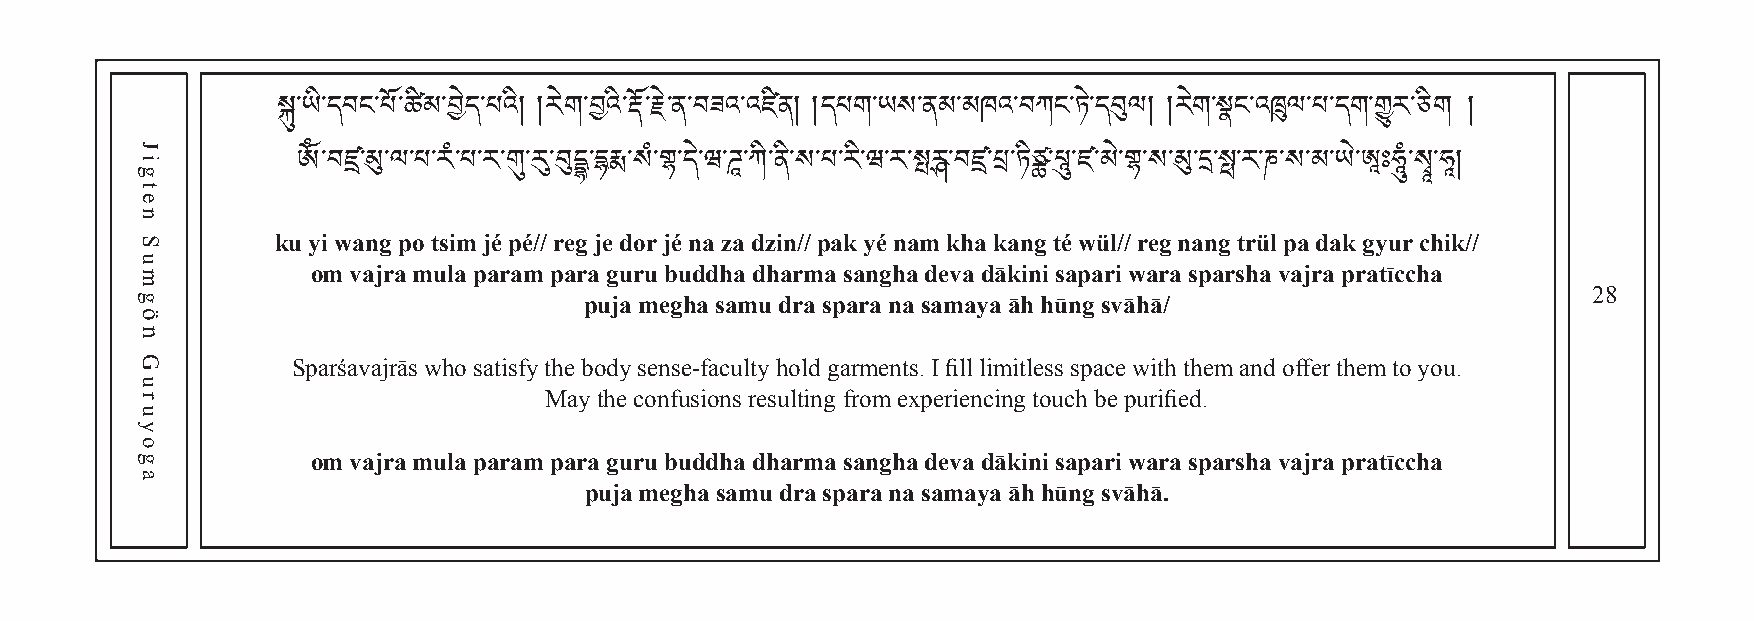
སྐུ་ཡི་དབང་པོ་ཚིམ་བེད་པའི། །རེག་བའི་རོ་རེ་ན་བཟའ་འ ཛ ིན ། །དཔག་ཡས་ནམ་མཁའ་བཀང་ཏེ་དབུལ། །རེག་སྣང་འཁྲུལ་པ་དག་གྱུར་ཅིག །
 ༀ་བཛྲ་མུ་ལ་པ་རཾ་པ་ར་གུ་རུ་བུདྡྷ་དརྨ་སཾ་གྷ་དེ་ཝ་ཌཱ་ཀི་ནི་ས་པ་རི་ཝ་ར་སརྴ་བཛྲ་པྲ་ཏིཙྪ་པཱུ་ཛ་མེ་གྷ་ས་མུ་ད་སྥ་ར་ཎ་ས་མ་ཡེ་ཨཱཿཧཱུཾ་སྭཱ་ཧཱ།
 ku yi wang po tsim jé pé// reg je dor jé na za dzin// pak yé nam kha kang té wül// reg nang trül pa dak gyur chik//
 om vajra mula param para guru buddha dharma sangha deva dākini sapari wara sparsha vajra pratīccha
 28
 puja megha samu dra spara na samaya āh hūng svāhā/
 Sparśavajrās who satisfy the body sense-faculty hold garments. I fill limitless space with them and offer them to you.
 May the confusions resulting from experiencing touch be purified.
 om vajra mula param para guru buddha dharma sangha deva dākini sapari wara sparsha vajra pratīccha
 puja megha samu dra spara na samaya āh hūng svāhā.
 Jigten
 Sumgön
 Guruyoga